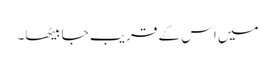
میں اس کے قریب جا بیٹھا۔